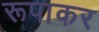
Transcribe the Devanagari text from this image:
रूपाकर